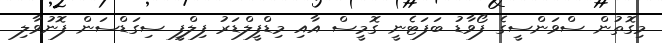
މިގޮތުން ސްވަންސީގެ ފޯވާޑު ބަފަޓެނީ ގޮމީސް އާއި މިޑްފީލްޑަރު ފިލްފީ ސިގަޑްސަން ފޮނުވާލި